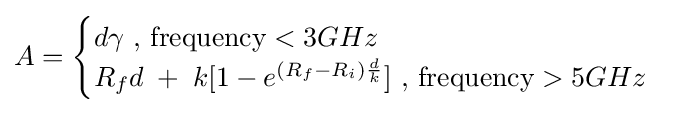
A={\begin{cases}d\gamma {\mbox{  , frequency}}<3GHz\\R_{f}d\;+\;k[1-e^{(R_{f}-R_{i}){\frac {d}{k}}}]{\mbox{  , frequency}}>5GHz\end{cases}}